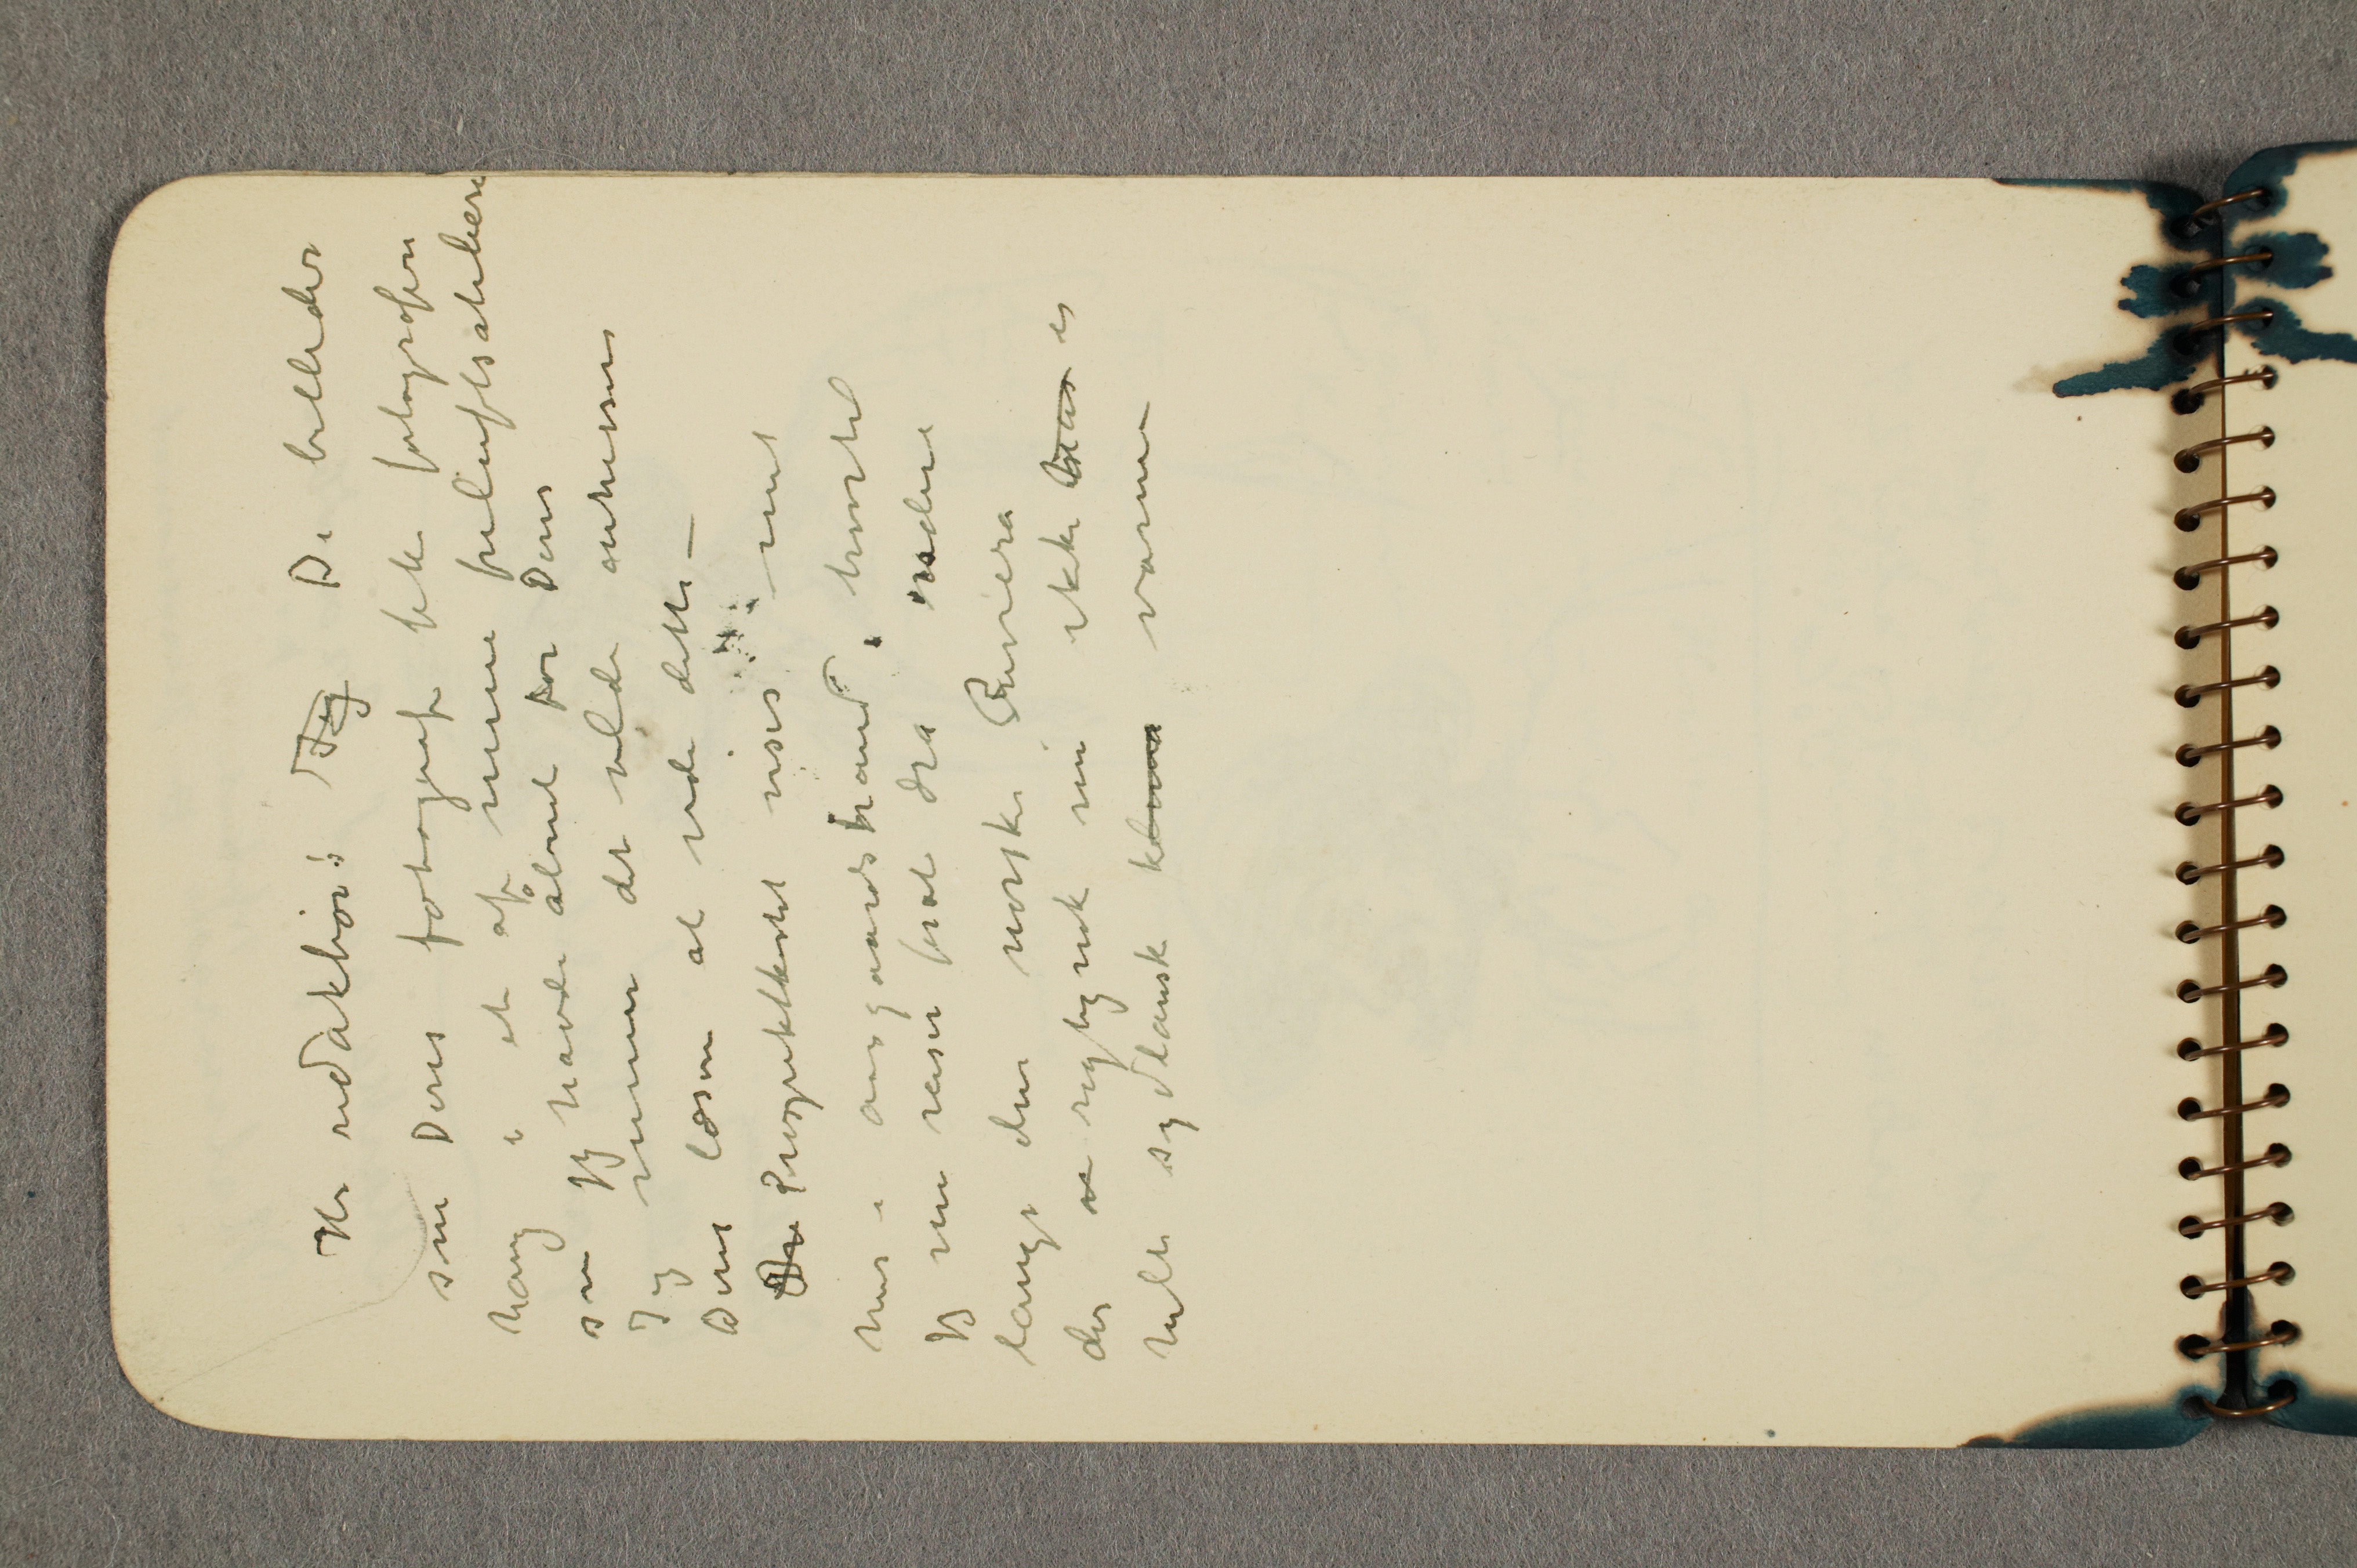
Hr redaktør! Jeg De billeder
som Deres fotograf fik fotografere
hang i et av mine friluftsateliere
som jeg havde åbnet for Dem
Jeg mener det vilde intressere
Deres læsere at vide dette –
Br Prospektkortet viser mit
hus i Aasgaardstrand, hvortil
jeg nu reiser forat dra videre
langs den norske Riviera
der n rigtignok nu ikke har er
helt sydlandsk klima varm –